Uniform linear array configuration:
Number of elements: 4
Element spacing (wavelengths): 0.75
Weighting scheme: uniform
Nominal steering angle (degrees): -60
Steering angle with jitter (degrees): -59.786
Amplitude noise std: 0.05
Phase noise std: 0.05

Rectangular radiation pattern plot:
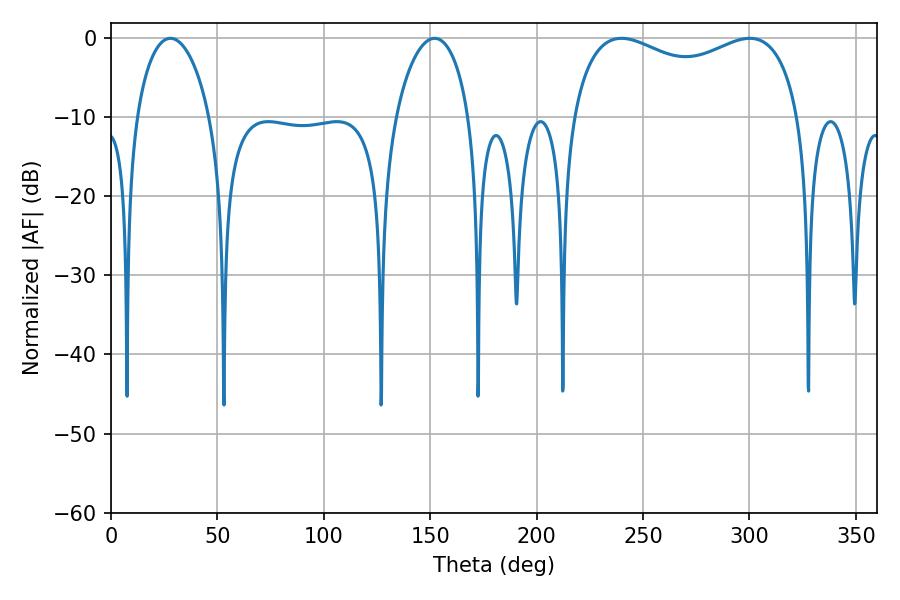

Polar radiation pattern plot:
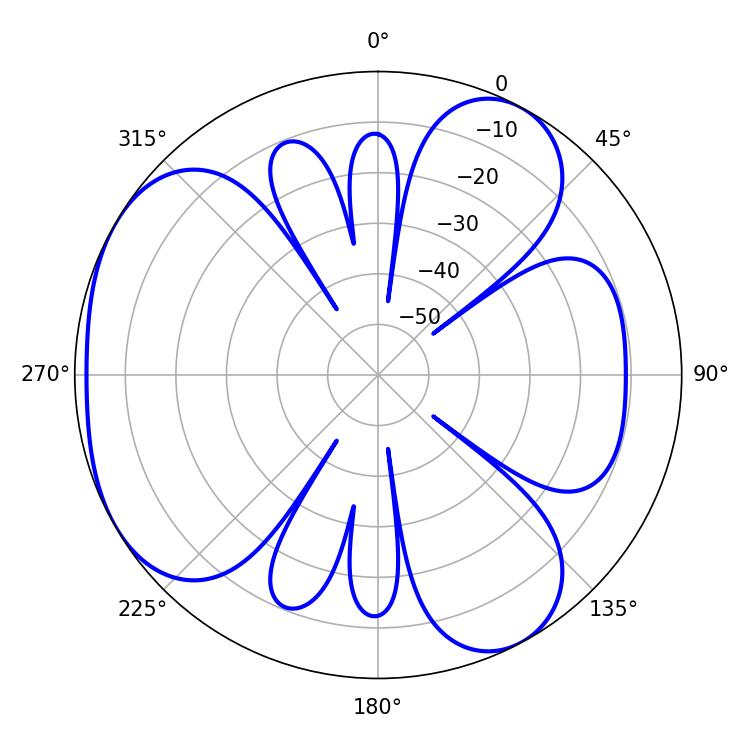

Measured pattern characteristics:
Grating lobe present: TRUE
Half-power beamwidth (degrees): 19.62
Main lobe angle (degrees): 27.9